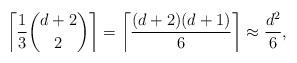
LaTeX: \begin{align*} \left\lceil \frac{1}{3} \binom{d+2}{2} \right\rceil = \left\lceil \frac{(d+2)(d+1)}{6} \right\rceil \approx \frac{d^2}{6},\end{align*}